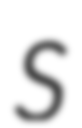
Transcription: S